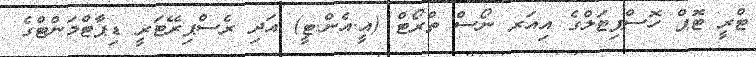
ޓްރީ ޓޮޕް ހޮސްޕިޓަލްގެ އިއަރ ނޯސް ތްރޯޓް (އީ.އެން.ޓީ) އަދި ރެސްޕިރޭޓަރީ ޑިޕާޓްމަންޓްގެ